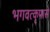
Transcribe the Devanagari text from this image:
भगवत्‍कृपासे